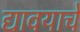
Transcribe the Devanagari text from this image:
द्यावयाचें